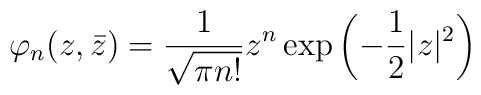
\varphi_n(z, \bar z ) = { 1 \over \sqrt{\pi n !}} z^n  \exp\left ( - {1 \over 2} | z |^2 \right )